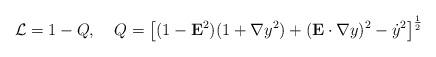
LaTeX: \begin{align*}{\cal L}= 1-Q, \;\;\:\; Q=\left[(1-{\bf E}^2)(1+{\bf \nabla}y^2)+({\bf E}\cdot{\bf \nabla} y)^2-{\dot y}^2\right]^{\frac{1}{2}}\end{align*}